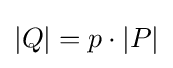
\vert Q\vert =p\cdot \vert P\vert